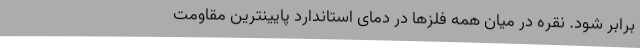
برابر شود. نقره در میان همه فلزها در دمای استاندارد پایینترین مقاومت